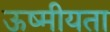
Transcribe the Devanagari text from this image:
ऊष्मीयता